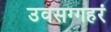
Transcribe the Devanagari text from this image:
उवसग्गहरं